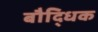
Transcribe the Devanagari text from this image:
बौदि्धक